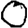
Digit: 0